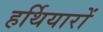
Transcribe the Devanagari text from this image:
हर्थियारों